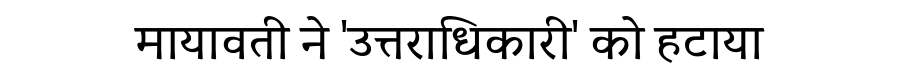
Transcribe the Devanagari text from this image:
मायावती ने 'उत्तराधिकारी' को हटाया